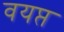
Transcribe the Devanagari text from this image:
वयप्त